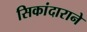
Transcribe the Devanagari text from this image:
सिकांदाराने